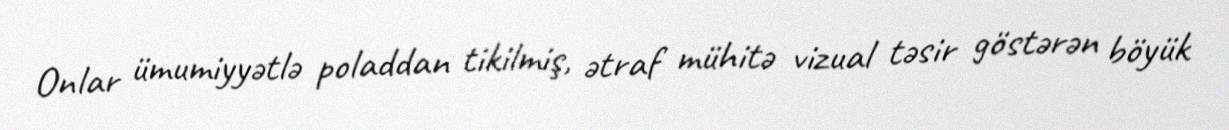
Onlar ümumiyyətlə poladdan tikilmiş, ətraf mühitə vizual təsir göstərən böyük